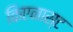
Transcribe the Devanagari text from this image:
किएनास्ट